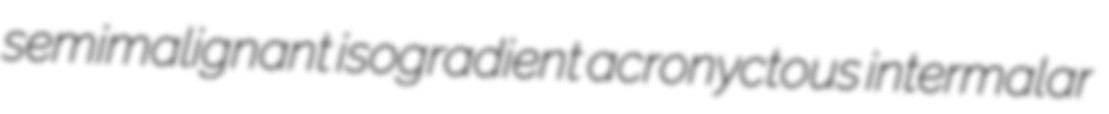
semimalignant isogradient acronyctous intermalar